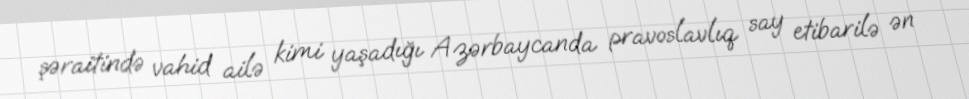
şəraitində vahid ailə kimi yaşadığı Azərbaycanda pravoslavlıq say etibarilə ən